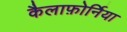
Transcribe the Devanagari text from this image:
कैलाफ़ोर्निया